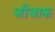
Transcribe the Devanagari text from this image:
जीजाक